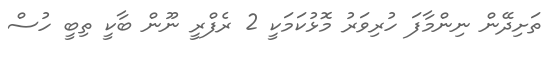
ތަށިދޭން ނިންމާފަ ހުރިވަރު މޮޅުކަމަކީ 2 ރެފްރީ ނޫން ބާކީ ތިބީ ހުސް